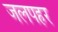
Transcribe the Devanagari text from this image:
जलपहर